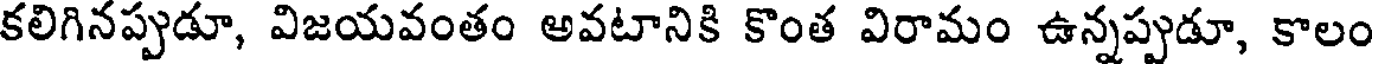
కలిగినప్పుడూ, విజయవంతం అవటానికి కొంత విరామం ఉన్నప్పుడూ, కాలం